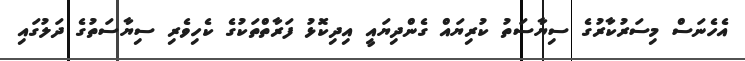
އެހެނަސް މިސަރުކާރުގެ ސިޔާސަތު ކުރިޔައް ގެންދިޔައީ އިދިކޮޅު ފަރާތްތަކުގެ ކެހިވެރި ސިޔާސަތުގެ ދަލުގައި